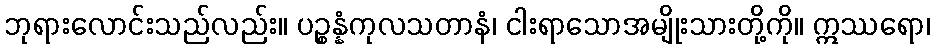
ဘုရားလောင်းသည်လည်း။ ပဉ္စန္နံကုလသတာနံ၊ ငါးရာသောအမျိုးသားတို့ကို။ ဣဿရော၊